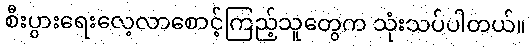
စီးပွားရေးလေ့လာစောင့်ကြည့်သူတွေက သုံးသပ်ပါတယ်။